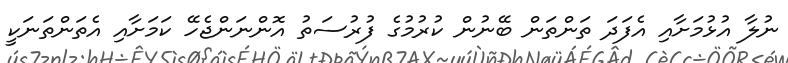
ނުލާ އުޅުމަށާއި އެފަދަ ތަންތަން ބޭނުން ކުރުމުގެ ފުރުސަތު އޮންނަންޖެހޭ ކަމަށާއި އެތަންތަނަކީ